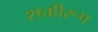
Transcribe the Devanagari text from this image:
शक्तीरूप